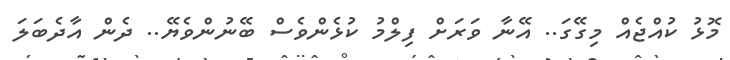
މޮޅު ކުއްޖެއް މިގޭގަ.. އޭނާ ވަރަށް ފިލްމު ކުޅެންވެސް ބޭނުންވެޔޭ.. ދެން އާދެބަލަ